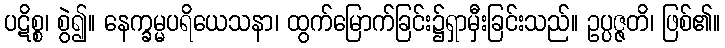
ပဋိစ္စ၊ စွဲ၍။ နေက္ခမ္မပရိယေသနာ၊ ထွက်မြောက်ခြင်း၌ရှာမှီးခြင်းသည်။ ဥပ္ပဇ္ဇတိ၊ ဖြစ်၏။